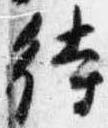
待